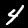
Digit: 4